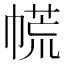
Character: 㡛